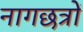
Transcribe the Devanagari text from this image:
नागछत्रों